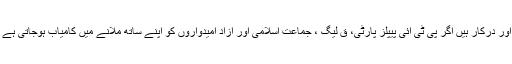
تحریک انصاف کے پاس اس وقت 30 ووٹ ہیں یعنی انہیں مزید 16 ووٹ اور درکار ہیں اگر پی ٹی آئی پیپلز پارٹی، ق لیگ ، جماعت اسلامی اور آزاد امیدواروں کو اپنے ساتھ ملانے میں کامیاب ہوجاتی ہے تو چودھری محمد سرور سینٹ کی نشست پر کامیابی حاصل کرسکتے ہیں۔